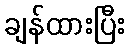
ချန်ထားပြီး